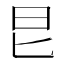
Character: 㫐